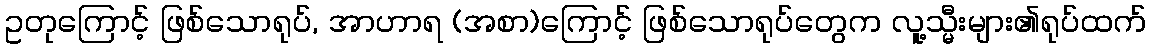
ဥတုကြောင့် ဖြစ်သောရုပ်, အာဟာရ (အစာ)ကြောင့် ဖြစ်သောရုပ်တွေက လူ့သ္မီးများ၏ရုပ်ထက်